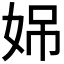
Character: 𪥳